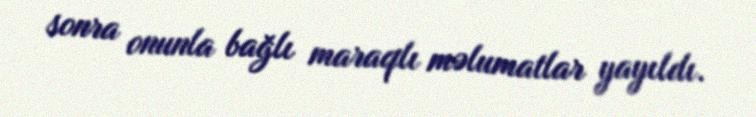
sonra onunla bağlı maraqlı məlumatlar yayıldı.